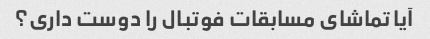
آیا تماشای مسابقات فوتبال را دوست داری؟